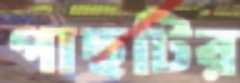
গাছটির